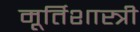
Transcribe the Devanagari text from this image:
मूर्तिशास्त्री